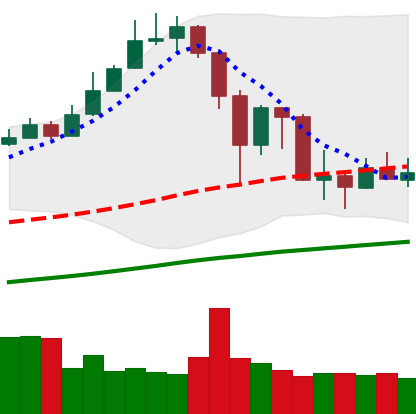
Ticker: XMR-USD
Chart end date: 2019-07-05
Forward return: 6.516%
Label: up_5_7